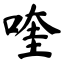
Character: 喹